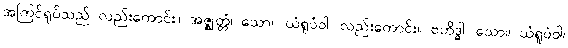
အကြင်ရုပ်သည် လည်းကောင်း။ အဇ္ဈတ္တံ၊ သော။ ယံရူပံဝါ၊ လည်းကောင်း။ ဗဟိဒ္ဓါ၊ သော။ ယံရူပံဝါ၊